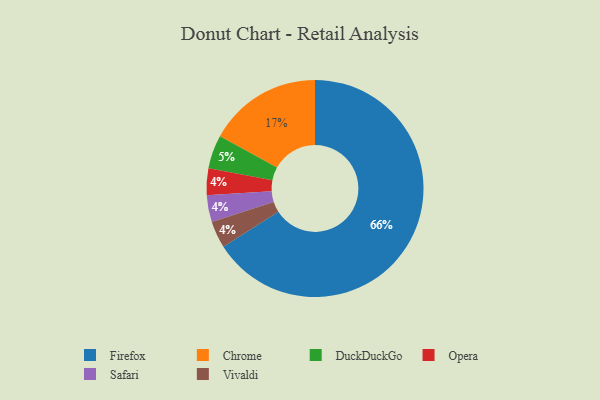
{"axis": {"x": "Category", "y": "Percentage"}, "legend": ["Chrome", "DuckDuckGo", "Firefox", "Opera", "Safari", "Vivaldi"], "data": [{"x": "Opera", "y": 4, "type": "Opera"}, {"x": "Safari", "y": 4, "type": "Safari"}, {"x": "Firefox", "y": 66, "type": "Firefox"}, {"x": "DuckDuckGo", "y": 5, "type": "DuckDuckGo"}, {"x": "Chrome", "y": 17, "type": "Chrome"}, {"x": "Vivaldi", "y": 4, "type": "Vivaldi"}]}